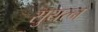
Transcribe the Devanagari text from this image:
सुयत्न